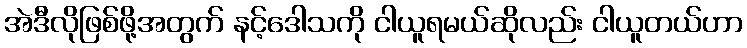
အဲဒီလိုဖြစ်ဖို့အတွက် နင့်ဒေါသကို ငါယူရမယ်ဆိုလည်း ငါယူတယ်ဟာ